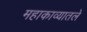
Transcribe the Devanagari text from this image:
महाकाव्यातले